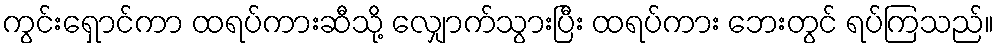
ကွင်းရှောင်ကာ ထရပ်ကားဆီသို့ လျှောက်သွားပြီး ထရပ်ကား ဘေးတွင် ရပ်ကြသည်။